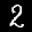
Label: 2